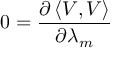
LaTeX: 0 = \frac { \partial \left\langle V , V \right\rangle } { \partial \lambda _ { m } }